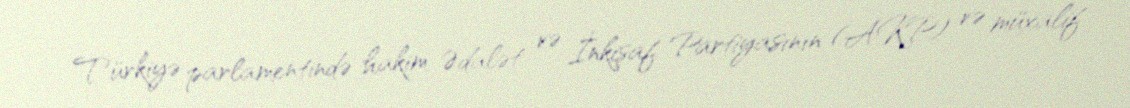
Türkiyə parlamentində hakim Ədalət və İnkişaf Partiyasının (AKP) və müxalif